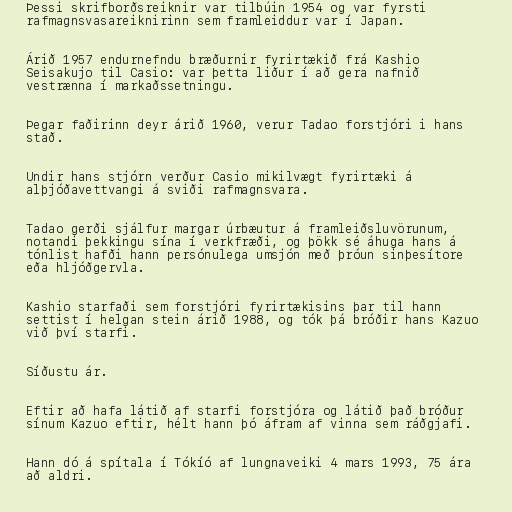
Þessi skrifborðsreiknir var tilbúin 1954 og var fyrsti
rafmagnsvasareiknirinn sem framleiddur var í Japan.

Árið 1957 endurnefndu bræðurnir fyrirtækið frá Kashio
Seisakujo til Casio: var þetta liður í að gera nafnið
vestrænna í markaðssetningu.

Þegar faðirinn deyr árið 1960, verur Tadao forstjóri i hans
stað.

Undir hans stjórn verður Casio mikilvægt fyrirtæki á
alþjóðavettvangi á sviði rafmagnsvara.

Tadao gerði sjálfur margar úrbæutur á framleiðsluvörunum,
notandi þekkingu sína í verkfræði, og þökk sé áhuga hans á
tónlist hafði hann persónulega umsjón með þróun sinþesítore
eða hljóðgervla.

Kashio starfaði sem forstjóri fyrirtækisins þar til hann
settist í helgan stein árið 1988, og tók þá bróðir hans Kazuo
við því starfi.

Síðustu ár.

Eftir að hafa látið af starfi forstjóra og látið það bróður
sínum Kazuo eftir, hélt hann þó áfram af vinna sem ráðgjafi.

Hann dó á spítala í Tókíó af lungnaveiki 4 mars 1993, 75 ára
að aldri.